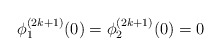
\begin{align*} \phi_1^{(2k+1)}(0)=\phi_2^{(2k+1)}(0)=0 \end{align*}